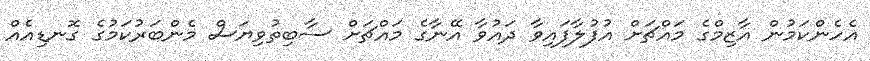
އެހެންކަމުން އާޒިމްގެ މައްޗަށް އުފުލާފައިވާ ދައުވާ އޭނާގެ މައްޗަށް ސާބިތުވިޔަސް މެންބަރުކަމުގެ ގޮނޑިއެއް